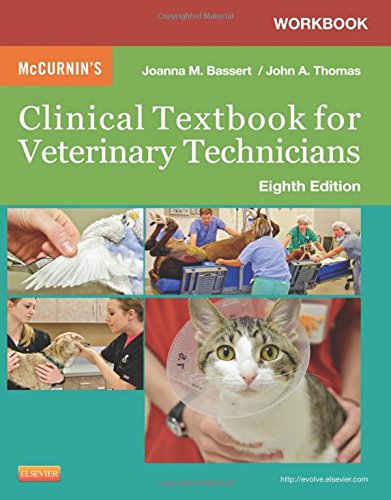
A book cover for Workbook for McCurnin's Clinical Textbook for Veterinary Technicians, 8e; Joanna M. Bassert VMD; Medical Books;